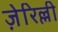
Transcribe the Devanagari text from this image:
ज़ेरिल्ली